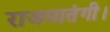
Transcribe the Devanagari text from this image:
राजमातंगी।